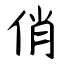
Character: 俏